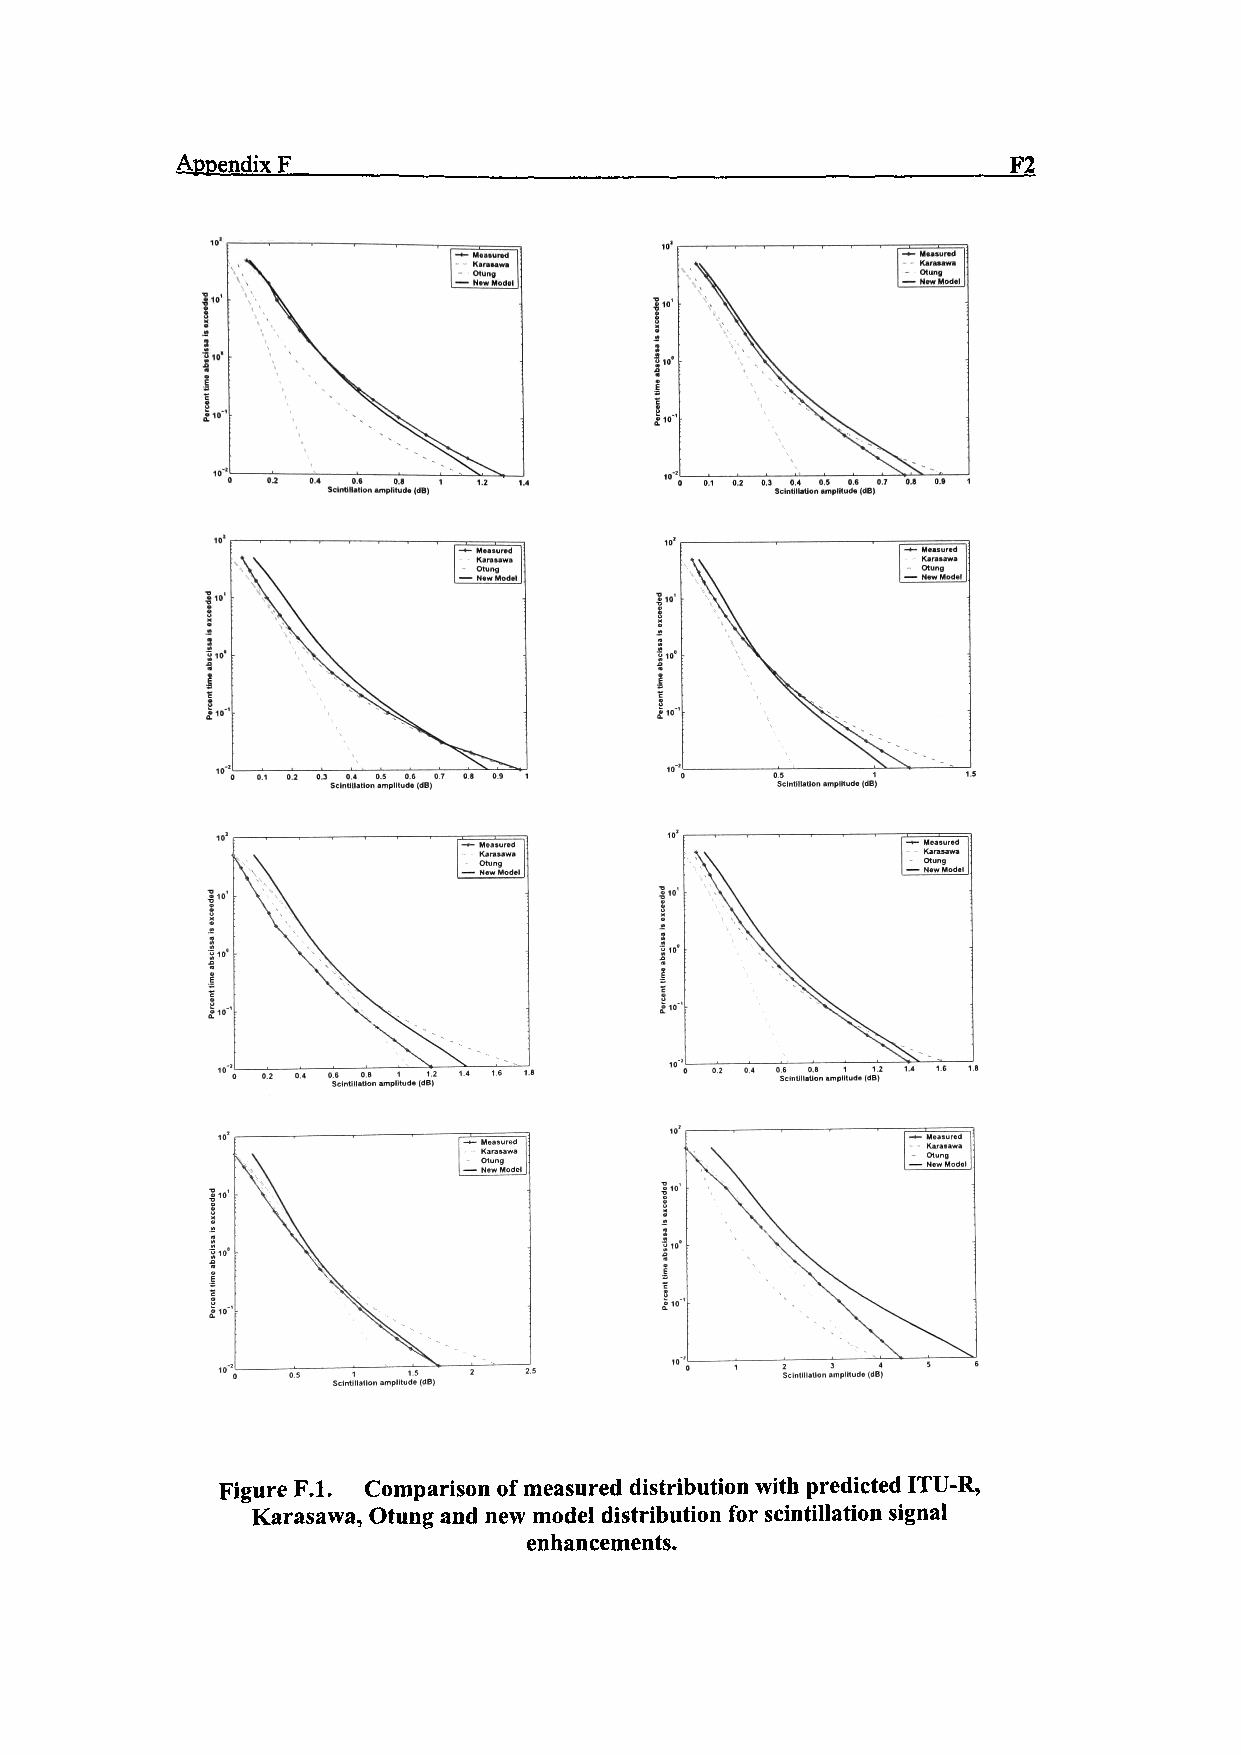
Appendix F                                             F2
 10'
 Scintillation amplitude (dB)
 Scintillation amplitude (dB) Scintillation unplltud* (dB)
 Scintillation aoiplltud* (dB)
 Figure F.I. Comparison of measured distribution with predicted ITU-R,
 Karasawa, Otung and new model distribution for scintillation signal
 enhancements.